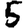
Digit: 5